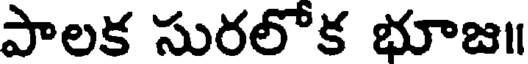
పాలక సురలోక భూజ॥